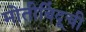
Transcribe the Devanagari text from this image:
मोतीबिंदूची